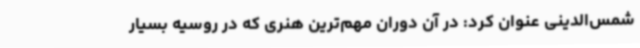
شمس‌الدینی عنوان کرد: در آن دوران مهم‌ترین هنری که در روسیه بسیار